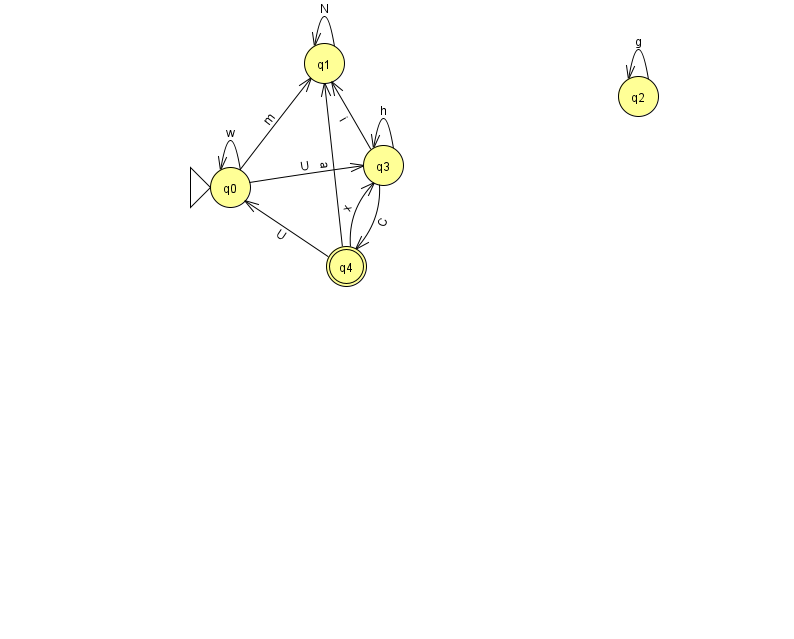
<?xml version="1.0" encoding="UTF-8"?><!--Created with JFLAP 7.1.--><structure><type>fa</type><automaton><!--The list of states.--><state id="0" name="q0"><x>230.0</x><y>174.0</y><initial/></state><state id="1" name="q1"><x>324.0</x><y>50.0</y></state><state id="2" name="q2"><x>638.0</x><y>83.0</y></state><state id="3" name="q3"><x>383.0</x><y>152.0</y></state><state id="4" name="q4"><x>346.0</x><y>253.0</y><final/></state><!--The list of transitions.--><transition><from>3</from><to>4</to><read>C</read></transition><transition><from>3</from><to>1</to><read>i</read></transition><transition><from>0</from><to>0</to><read>w</read></transition><transition><from>2</from><to>2</to><read>g</read></transition><transition><from>0</from><to>3</to><read>U</read></transition><transition><from>3</from><to>3</to><read>h</read></transition><transition><from>4</from><to>0</to><read>U</read></transition><transition><from>4</from><to>3</to><read>x</read></transition><transition><from>0</from><to>1</to><read>m</read></transition><transition><from>4</from><to>1</to><read>a</read></transition><transition><from>1</from><to>1</to><read>N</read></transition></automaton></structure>